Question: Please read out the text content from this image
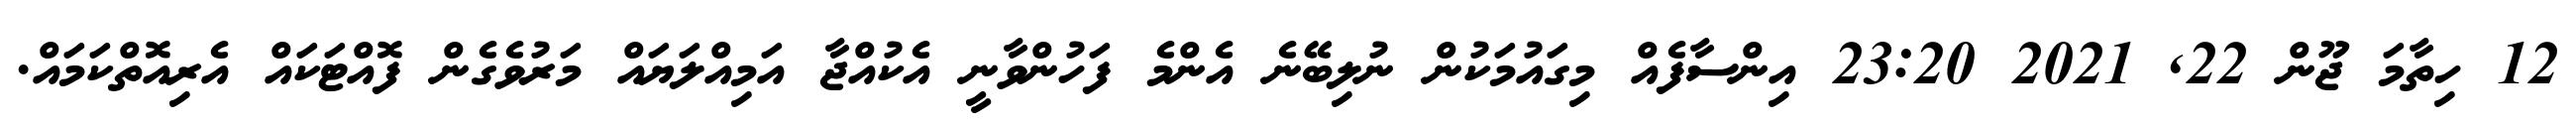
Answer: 12 ހިތާމަ ޖޫން 22, 2021 23:20 އިންސާފެއް މިގައުމަކުން ނުލިބޭނެ އެންމެ ފަހުންވާނީ އެކުއްޖާ އަމިއްލަޔައް މަރުވެގެން ފޮއްޓަކައް އެރިއޮތްކަމައް.